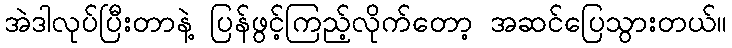
အဲဒါလုပ်ပြီးတာနဲ့ ပြန်ဖွင့်ကြည့်လိုက်တော့ အဆင်ပြေသွားတယ်။